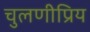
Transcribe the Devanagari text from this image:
चुलणीप्रिय